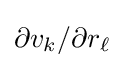
\partial v_{k}/\partial r_{\ell }